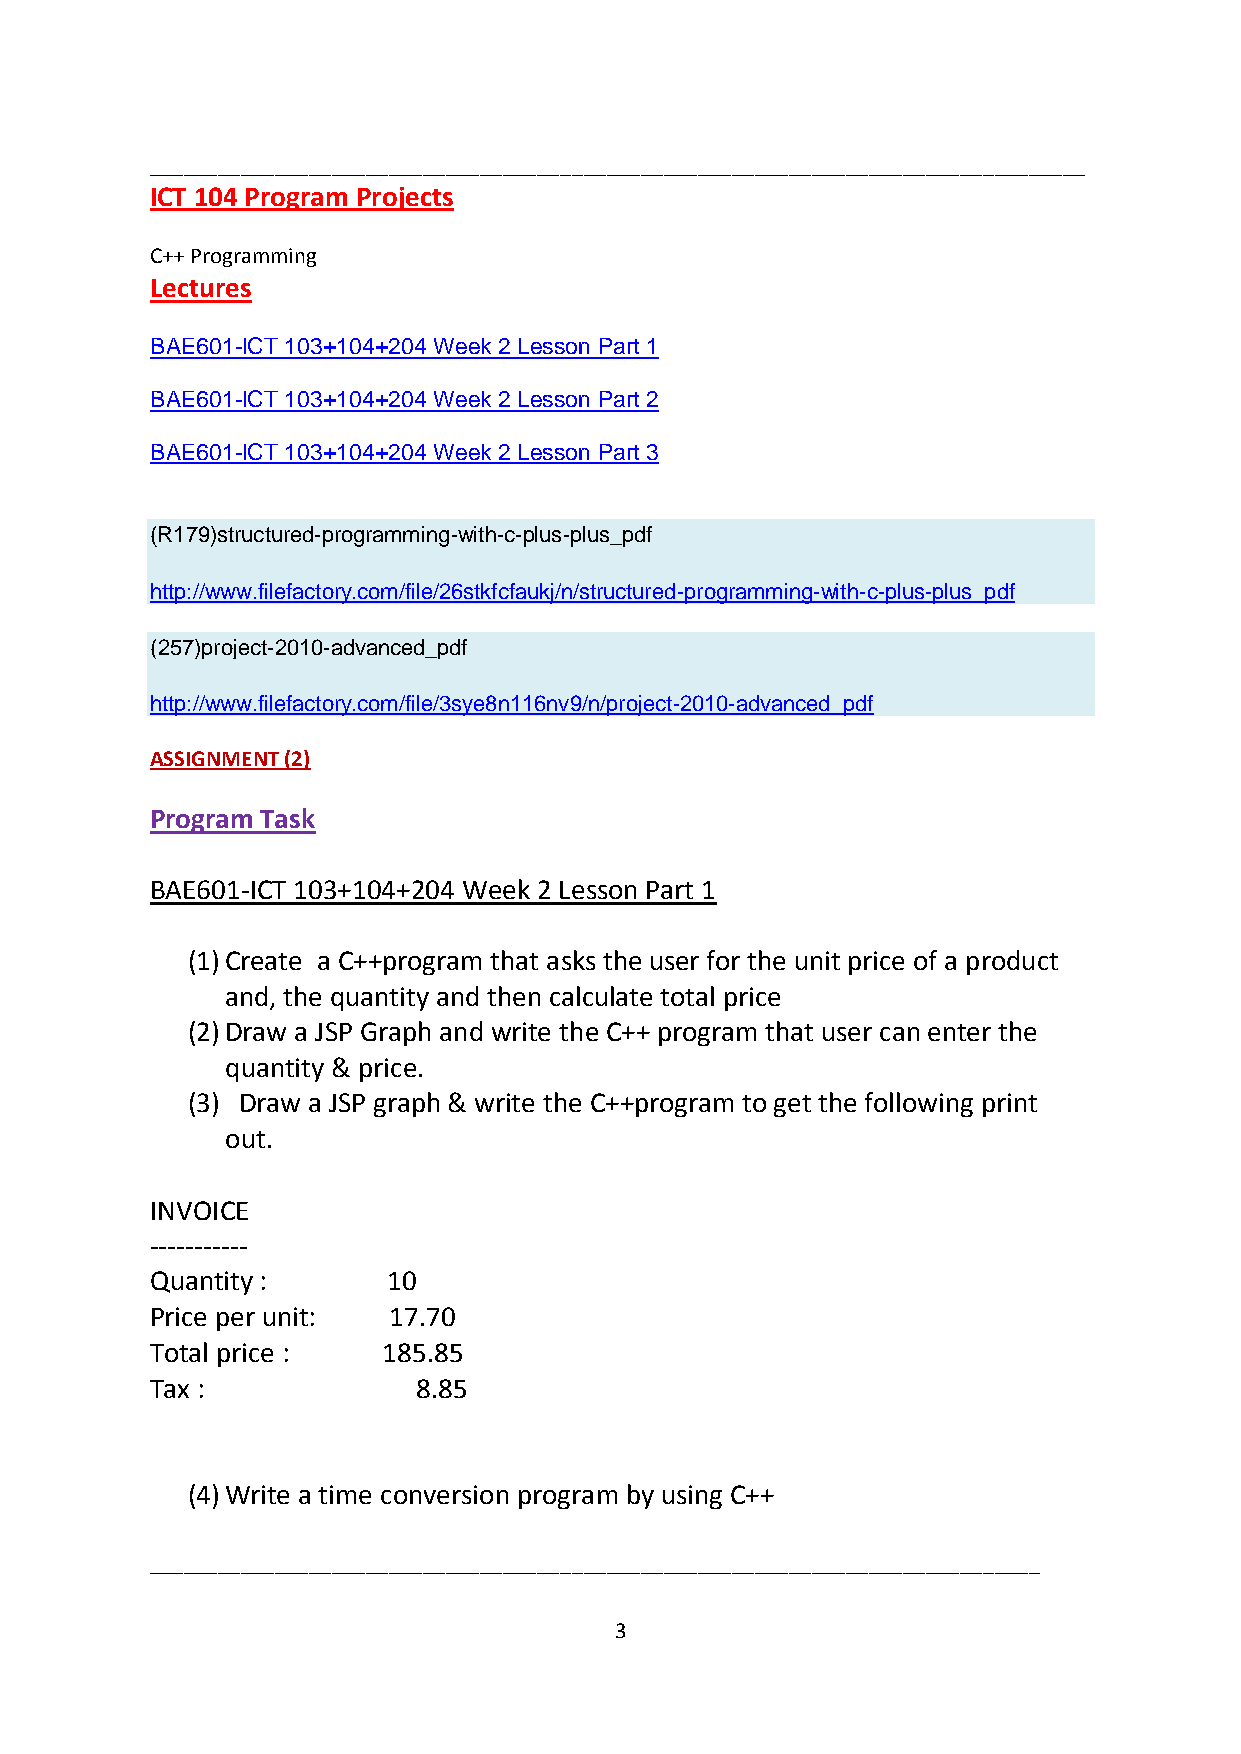
__________________________________________________________________________________
 ICT 104 Program Projects
 C++ Programming
 Lectures
 BAE601-ICT 103+104+204 Week 2 Lesson Part 1
 BAE601-ICT 103+104+204 Week 2 Lesson Part 2
 BAE601-ICT 103+104+204 Week 2 Lesson Part 3
 (R179)structured-programming-with-c-plus-plus_pdf
 http://www.filefactory.com/file/26stkfcfaukj/n/structured-programming-with-c-plus-plus_pdf
 (257)project-2010-advanced_pdf
 http://www.filefactory.com/file/3sye8n116nv9/n/project-2010-advanced_pdf
 ASSIGNMENT (2)
 Program Task
 BAE601-ICT 103+104+204 Week 2 Lesson Part 1
 (1) Create a C++program that asks the user for the unit price of a product
 and, the quantity and then calculate total price
 (2) Draw a JSP Graph and write the C++ program that user can enter the
 quantity & price.
 (3) Draw a JSP graph & write the C++program to get the following print
 out.
 INVOICE
 -----------
 Quantity :      10
 Price per unit: 17.70
 Total price :  185.85
 Tax :             8.85
 (4) Write a time conversion program by using C++
 ______________________________________________________________________________
 3